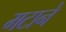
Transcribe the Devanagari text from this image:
मटाने